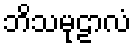
ဘိသမုဠာလံ